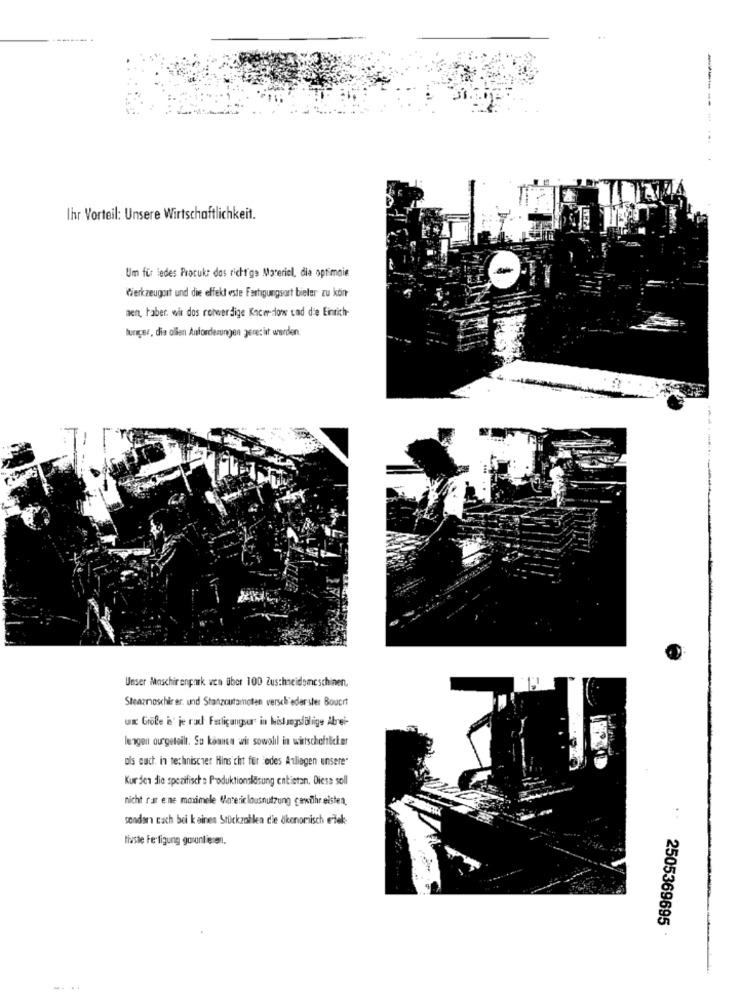
Ihr Vorteil: Unsere Wirtschaftlichkeit.
-
Um für ledes Procukr das richtige Materiel, die optimale
Werkzeugort und die effekt este Fertigungsort bieter zu kön
nen, haber. wir das roteverdige Racer dons cad die Einrich-
Buriçer, dia ollen Anforderungen gerecht werden.
Unser Maschirenpark vea über 100 Zuschneidemeschinen,
Steaznoschirer, und Stanzoutamoten verschiedenster Boucrt
wx Grote i' je rad Farliganger in bislangstilige Abrei-
lengen ourgeteilt. So können wir sowolil in wirtschaftlicher
ols auch in technischer Hinsicht for edes Anliegen unsere"
Kurden die spezifische Produktionskisung entistan. Diese soll
nicht rat ene maximele Matericlousnutzung cewilhr eisten.
sonder cach bei k eines Stückzahlen die ökonomisch elek-
tiaste Fertigung gouuntieren.
2505369695